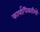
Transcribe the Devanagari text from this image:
कार्याधिकारियों